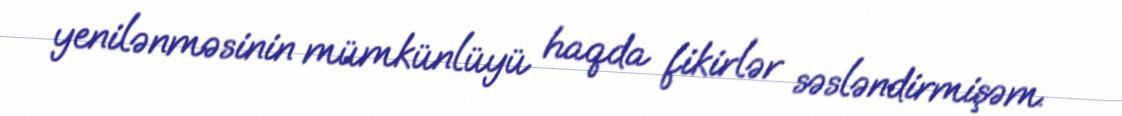
yenilənməsinin mümkünlüyü haqda fikirlər səsləndirmişəm.